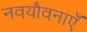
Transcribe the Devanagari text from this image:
नवयौवनाएँ